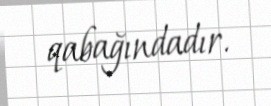
qabağındadır.